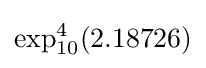
\exp _{10}^{4}(2.18726)